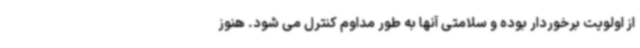
از اولویت برخوردار بوده و سلامتی آنها به طور مداوم کنترل می شود. هنوز